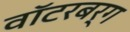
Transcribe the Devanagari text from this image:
वॉटरबर्ग